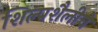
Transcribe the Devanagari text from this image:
शिल्पशैलीचे